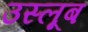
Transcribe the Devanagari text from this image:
उस्लूब